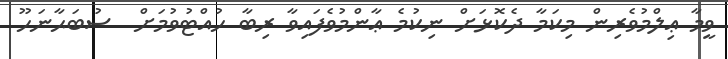
ވީމާ ޢިލްމުވެރިން މިކަމާ ދެކޮޅަށް ނިކުމެ ޢާންމުވެފައިވާ ރިބާ ހުއްޓުވުމަށް  ސުބަޙާނަހޫ